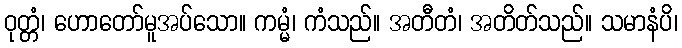
ဝုတ္တံ၊ ဟောတော်မူအပ်သော။ ကမ္မံ၊ ကံသည်။ အတီတံ၊ အတိတ်သည်။ သမာနံပိ၊